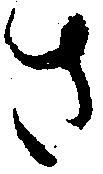
さ